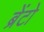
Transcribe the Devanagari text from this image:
ब्रेंटो